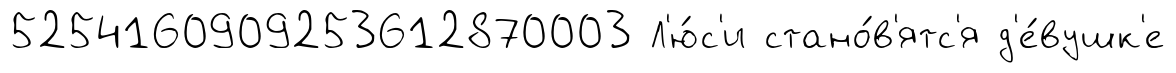
5254160909253612870003 Л'ю́с'и стано́в'ятс'я д'е́вушк'е